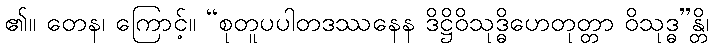
၏။ တေန၊ ကြောင့်။ “စုတူပပါတဒဿနေန ဒိဋ္ဌိဝိသုဒ္ဓိဟေတုတ္တာ ဝိသုဒ္ဓ”န္တိ၊